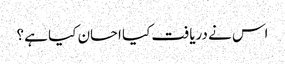
اس نے دریافت کیا احسان کیا ہے ؟